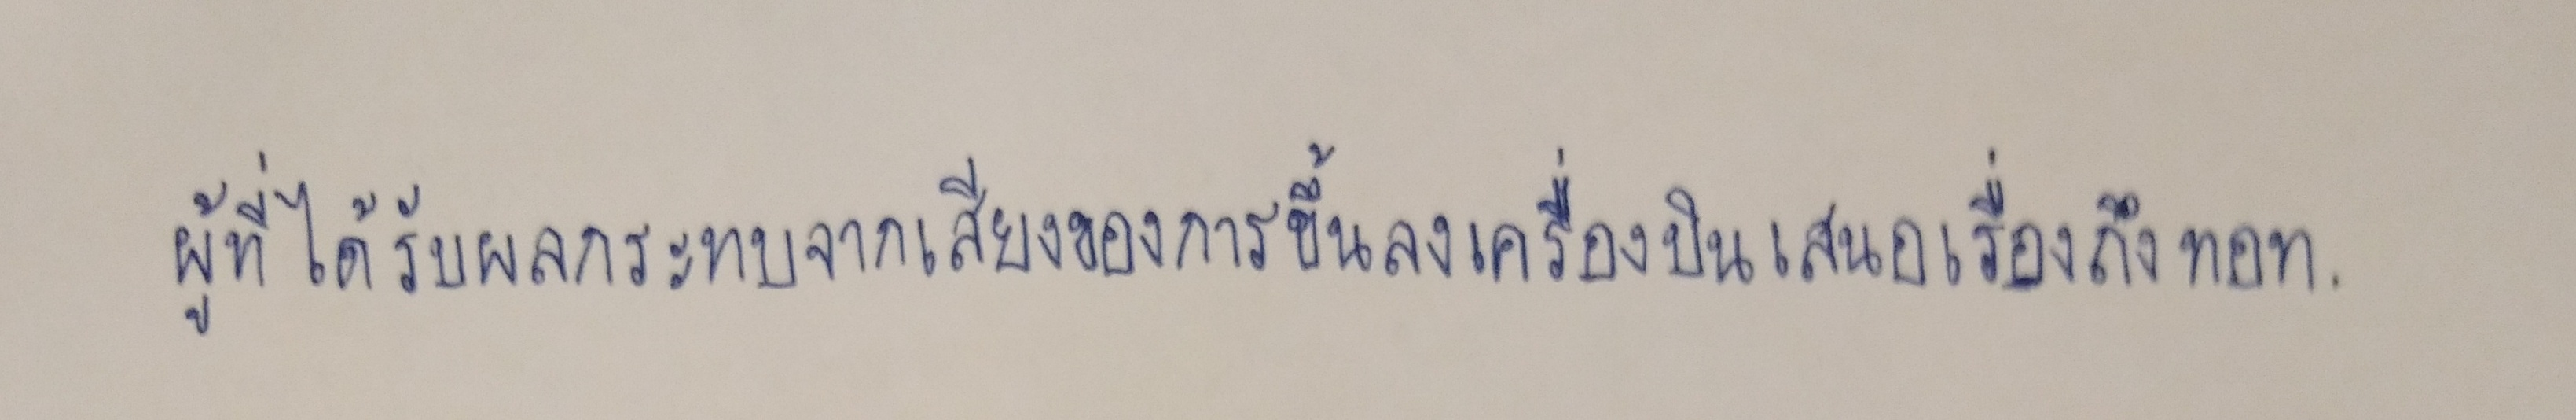
ผู้ที่ได้รับผลกระทบจากเสียงของการขึ้นลงเครื่องบินเสนอเรื่องถึงทอท.